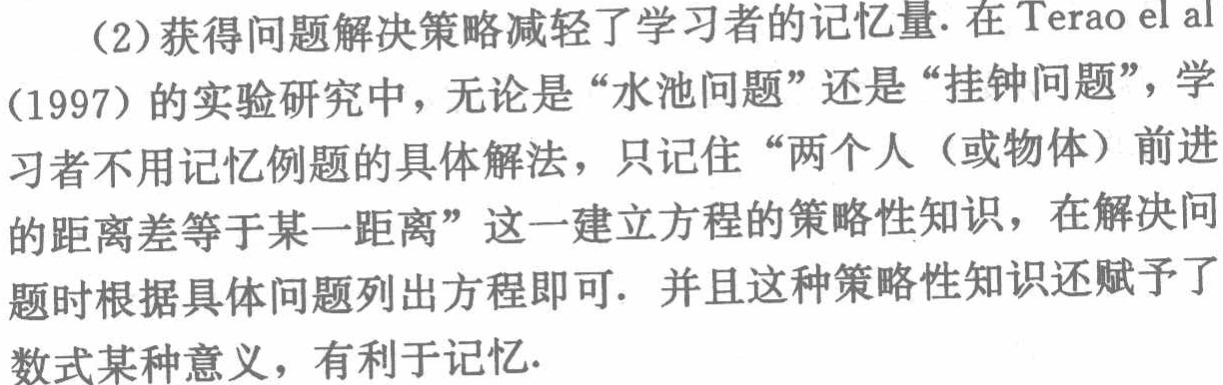
（2）获得问题解决策略减轻了学习者的记忆量. 在Terao el al

（1997）的实验研究中，无论是“水池问题”还是“挂钟问题”，学

习者不用记忆例题的具体解法，只记住“两个人（或物体）前进

的距离差等于某一距离”这一建立方程的策略性知识，在解决问

题时根据具体问题列出方程即可. 并且这种策略性知识还赋予了

数式某种意义，有利于记忆.